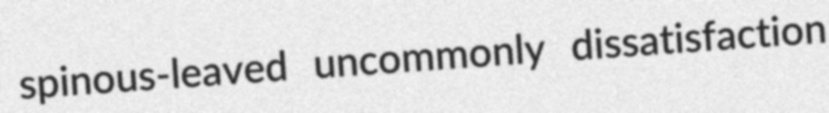
spinous-leaved uncommonly dissatisfaction